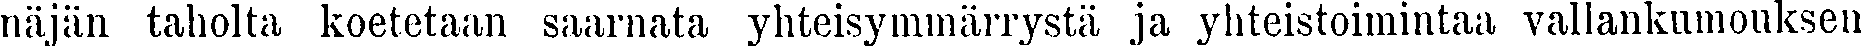
näjän taholta koetetaan saarnata yhteisymmärrystä ja yhteistoimintaa vallankumouksen